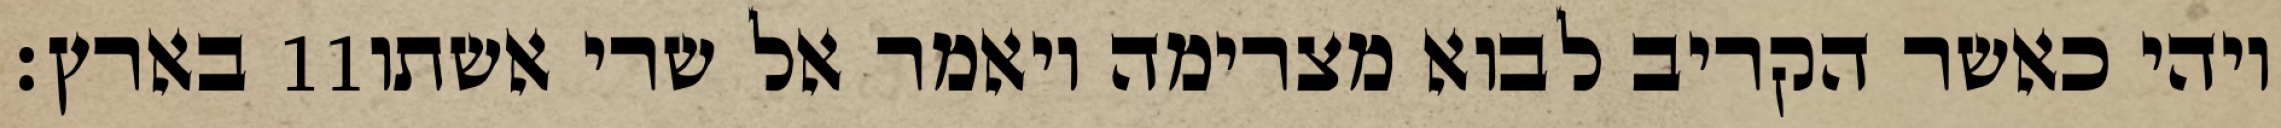
בארץ׃ ‎11‏ ויהי כאשר הקריב לבוא מצרימה ויאמר אל שרי אשתו